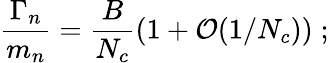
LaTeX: \frac{\Gamma_{n}}{m_{n}}=\frac{B}{N_{c}}(1+{\cal O}(1/N_{c}))\; ;